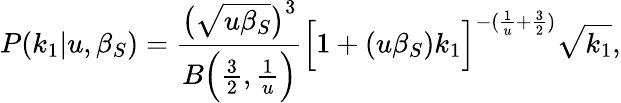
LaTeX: P(k_{1}|u,\beta_{S})=\frac{\big(\sqrt{u\beta_{S}}\big)^{3}}{B\Big(\frac{3}{2},\frac{1}{u}\Big)}\Big[1+(u\beta_{S})k_{1}\Big]^{-(\frac{1}{u}+\frac{3}{2})}\sqrt{k_{1}},